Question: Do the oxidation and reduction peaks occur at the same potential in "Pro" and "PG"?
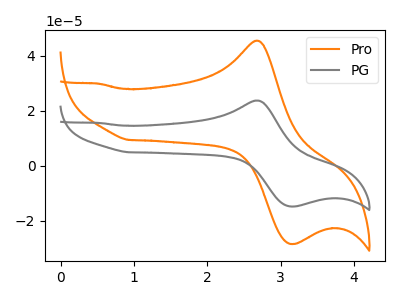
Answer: <think>The orange curve "Pro" has an anodic peak at (2.65V, 45.45uA) and a cathodic peak at (3.15V, -28.45uA). The gray curve "PG" has an anodic peak at (2.65V, 23.70uA) and a cathodic peak at (3.15V, -14.85uA).</think>
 <answer>Yes, "Pro" have a peak in "PG" at the same potential.</answer>
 <eval>match</eval>